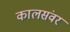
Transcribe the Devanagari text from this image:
कालसंवर